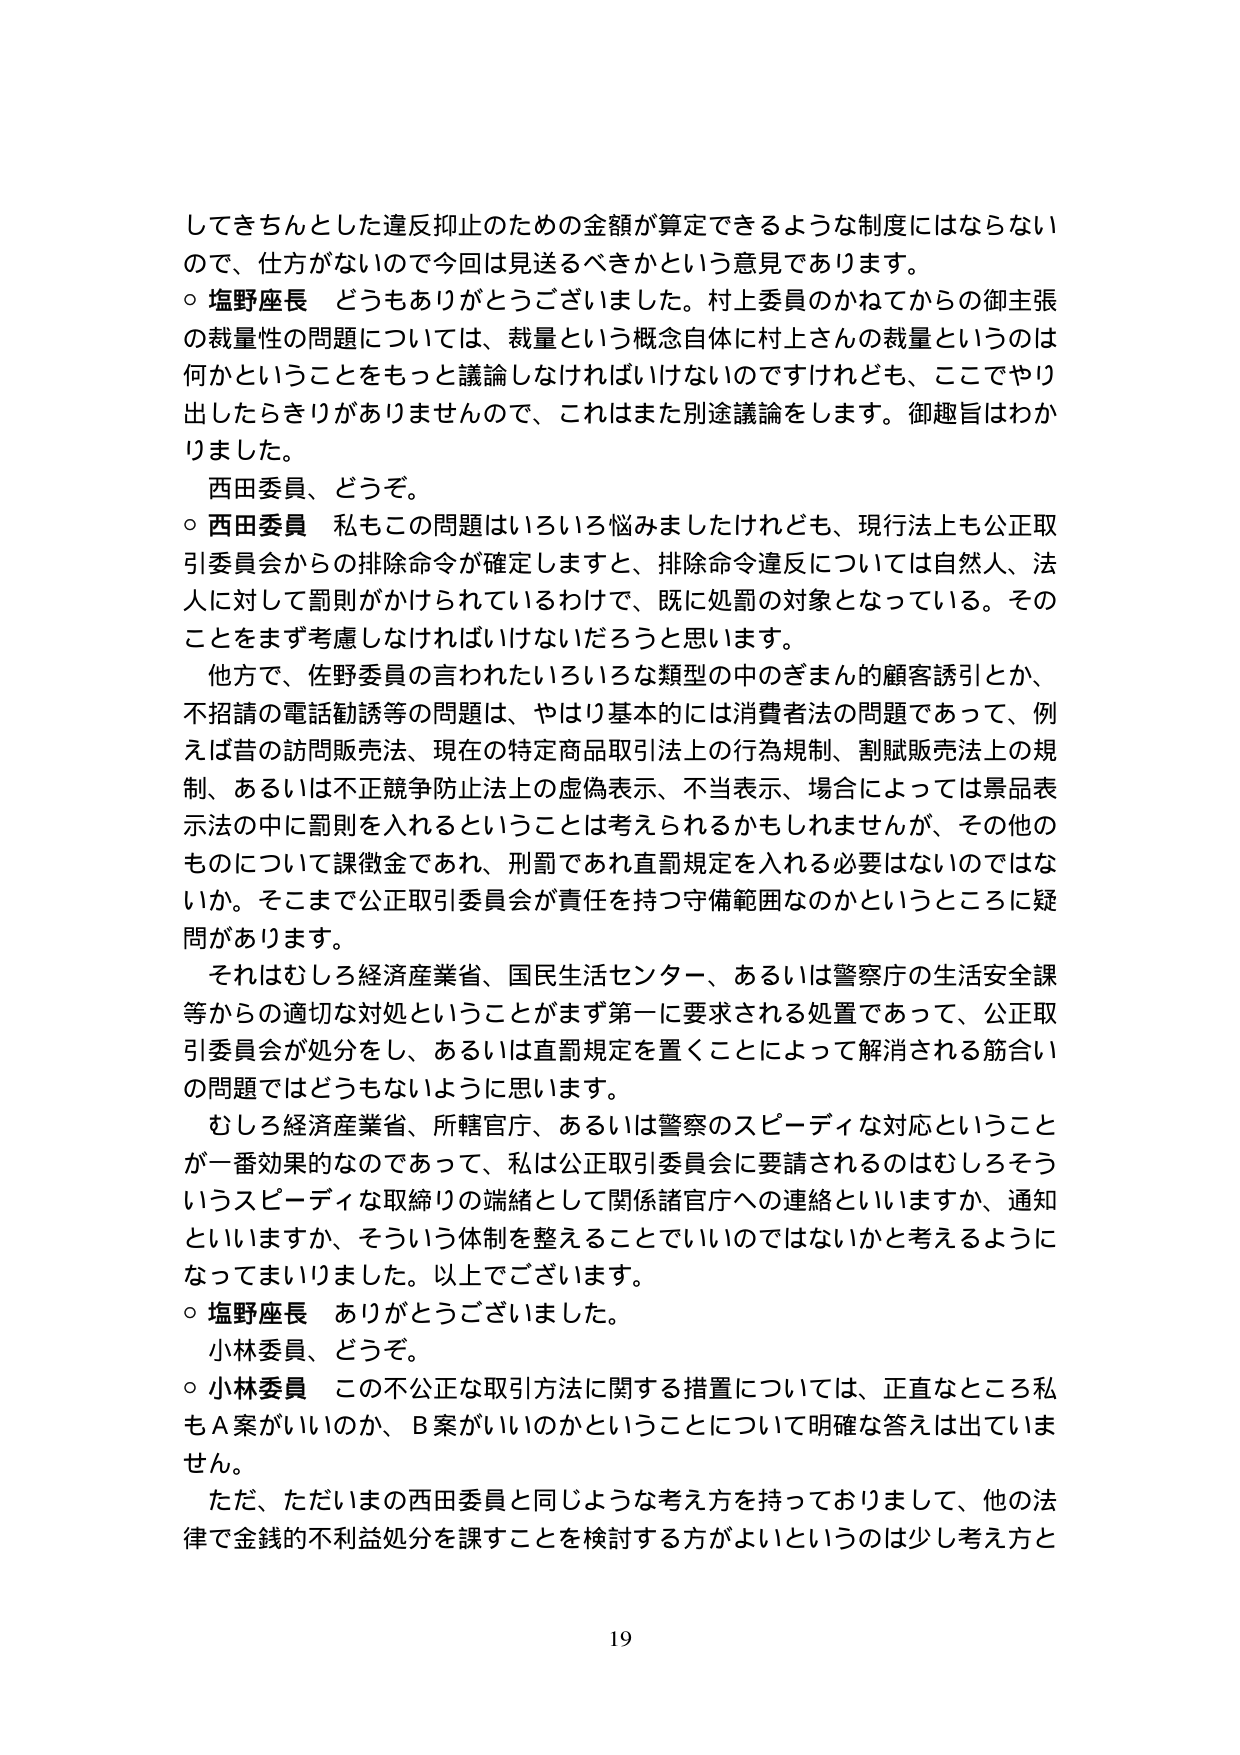
してきちんとした違反抑止のための金額が算定できるような制度にはならないので、仕方がないので今回は見送るべきかという意見であります。

○ 塩野座長 どうもありがとうございました。村上委員のかねてからの御主張の裁量性の問題については、裁量という概念自体に村上さんの裁量というのは何かということをもっと議論しなければいけないのですけれども、ここでやり出したらきりがありませんので、これはまた別途議論をします。御趣旨はわかりました。

西田委員、どうぞ。

○ 西田委員 私もこの問題はいろいろ悩みましたけれども、現行法上も公正取引委員会からの排除命令が確定しますと、排除命令違反については自然人、法人に対して罰則がかけられているわけで、既に処罰の対象となっている。そのことをまず考慮しなければいけないだろうと思います。

他方で、佐野委員の言われたいろいろな類型の中のざまん的顧客誘引とか、不招請の電話勧誘等の問題は、やはり基本的には消費者法の問題であって、例えば昔の訪問販売法、現在の特定商品取引法上の行為規制、割賦販売法上の規制、あるいは不正競争防止法上の虚偽表示、不当表示、場合によっては景品表示法の中に罰則を入れるということは考えられるかもしれませんが、その他のものについて課徴金であれ、刑罰であれ直罰規定を入れる必要はないのではなかいか。そこまで公正取引委員会が責任を持つ守備範囲なのかというところに疑問があります。

それはむしろ経済産業省、国民生活センター、あるいは警察庁の生活安全課等からの適切な対処ということがまず第一に要求される処置であって、公正取引委員会が処分をし、あるいは直罰規定を置くことによって解消される筋合いの問題ではどうもないように思います。

むしろ経済産業省、所轄官庁、あるいは警察のスピーディな対応ということが一番効果的のであって、私は公正取引委員会に要請されるのはむしろそういうスピーディな取締りの端緒として関係諸官庁への連絡といいますか、通知といいますか、そういう体制を整えることでいいのではないかと考えるようになってまいりました。以上でございます。

○ 塩野座長 ありがとうございました。

小林委員、どうぞ。

○ 小林委員 この不公正な取引方法に関する措置については、正直なところ私もA案がいいのか、B案がいいのかということについて明確な答えは出ていません。

ただ、ただいまの西田委員と同じような考え方を持っておりまして、他の法律で金銭的不利益処分を課すことを検討する方がよいというのは少し考え方と

19